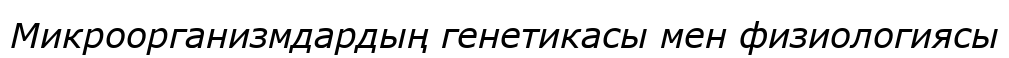
Микроорганизмдардың генетикасы мен физиологиясы